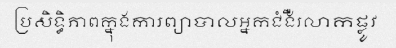
ប្រសិទ្ធិភាពក្នុងការព្យាបាលអ្នកជំងឺរលាកផ្លូវ